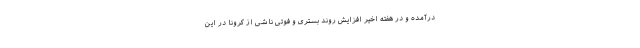
درآمده و در هفته اخیر افزایش روند بستری و فوتی ناشی از کرونا در این